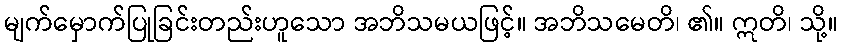
မျက်မှောက်ပြုခြင်းတည်းဟူသော အဘိသမယဖြင့်။ အဘိသမေတိ၊ ၏။ ဣတိ၊ သို့။